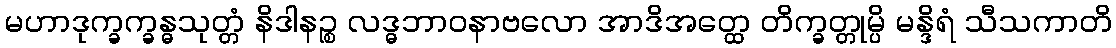
မဟာဒုက္ခက္ခန္ဓသုတ္တံ နိဒါနဉ္စ လဒ္ဓဘာဝနာဗလော အာဒိအတ္ထေ တိက္ခတ္တုမ္ပိ မန္ဒိရံ သီသကာတိ